Anatomy and histology of ticks - Number 23
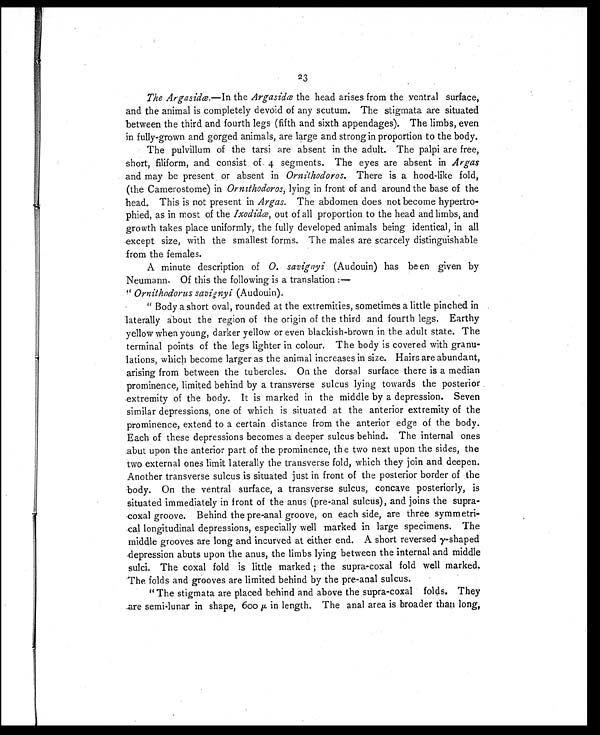
23
The Argasidæ. —In the Argasidæ the head arises from the ventral surface,
and the animal is completely devoid of any scutum. The stigmata are situated
between the third and fourth legs (fifth and sixth appendages). The limbs, even
in fully-grown and gorged animals, are large and strong in proportion to the body.
The pulvillum of the tarsi are absent in the adult. The palpi are free,
short, filiform, and consist of 4 segments. The eyes are absent in Argas
and may be present or absent in Ornithodoros. There is a hood-like fold,
(the Camerostome) in Ornithodoros, lying in front of and around the base of the
head. This is not present in Argas. The abdomen does not become hypertro-
phied, as in most of the Ixodidæ, out of all proportion to the head and limbs, and
growth takes place uniformly, the fully developed animals being identical, in all
except size, with the smallest forms. The males are scarcely distinguishable
from the females.
A minute description of O. savignyi (Audouin) has been given by
Neumann. Of this the following is a translation :—
" Ornithodorus savignyi (Audouin).
" Body a short oval, rounded at the extremities, sometimes a little pinched in
laterally about the region of the origin of the third and fourth legs. Earthy
yellow when young, darker yellow or even blackish-brown in the adult state. The
terminal points of the legs lighter in colour. The body is covered with granu-
lations, which become larger as the animal increases in size. Hairs are abundant,
arising from between the tubercles. On the dorsal surface there is a median
prominence, limited behind by a transverse sulcus lying towards the posterior
extremity of the body. It is marked in the middle by a depression. Seven
similar depressions, one of which is situated at the anterior extremity of the
prominence, extend to a certain distance from the anterior edge of the body.
Each of these depressions becomes a deeper sulcus behind. The internal ones
abut upon the anterior part of the prominence, the two next upon the sides, the
two external ones limit laterally the transverse fold, which they join and deepen.
Another transverse sulcus is situated just in front of the posterior border of the
body. On the ventral surface, a transverse sulcus, concave posteriorly, is
situated immediately in front of the anus (pre-anal sulcus), and joins the supra-
coxal groove. Behind the pre-anal groove, on each side, are three symmetri-
cal longitudinal depressions, especially well marked in large specimens. The
middle grooves are long and incurved at either end. A short reversed γ-shaped
depression abuts upon the anus, the limbs lying between the internal and middle
sulci. The coxal fold is little marked ; the supra-coxal fold well marked.
The folds and grooves are limited behind by the pre-anal sulcus.
" The stigmata are placed behind and above the supra-coxal folds. They
are semi-lunar in shape, 600 μ in length. The anal area is broader than long,